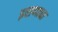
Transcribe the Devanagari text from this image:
इराणाचा